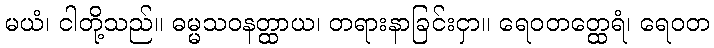
မယံ၊ ငါတို့သည်။ ဓမ္မသဝနတ္ထာယ၊ တရားနာခြင်းငှာ။ ရေဝတတ္ထေရံ၊ ရေဝတ